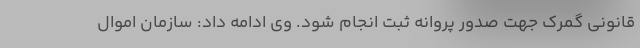
قانونی گمرک جهت صدور پروانه ثبت انجام شود. وی ادامه داد: سازمان اموال